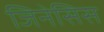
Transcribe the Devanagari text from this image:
जिनेसिस